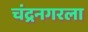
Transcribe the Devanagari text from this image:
चंद्रनगरला